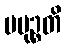
ပမုဉ္စတိ